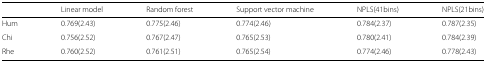
<table><thead><tr><td></td><td><b>Linear model</b></td><td><b>Random forest</b></td><td><b>Support vector machine</b></td><td><b>NPLS(41bins)</b></td><td><b>NPLS(21bins)</b></td></tr></thead><tbody><tr><td>Hum</td><td>0.769(2.43)</td><td>0.775(2.46)</td><td>0.774(2.46)</td><td>0.784(2.37)</td><td>0.787(2.35)</td></tr><tr><td>Chi</td><td>0.756(2.52)</td><td>0.767(2.47)</td><td>0.765(2.53)</td><td>0.780(2.41)</td><td>0.784(2.39)</td></tr><tr><td>Rhe</td><td>0.760(2.52)</td><td>0.761(2.51)</td><td>0.765(2.54)</td><td>0.774(2.46)</td><td>0.778(2.43)</td></tr></tbody></table>